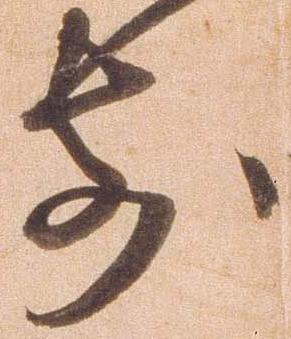
前